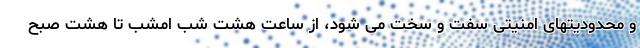
و محدودیتهای امنیتی سفت و سخت می شود، از ساعت هشت شب امشب تا هشت صبح